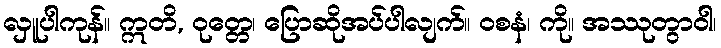
လှူပါကုန်။ ဣတိ, ဝုတ္တေ၊ ပြောဆိုအပ်ပါလျက်။ ဝစနံ၊ ကို။ အဿုတွာဝါ၊